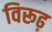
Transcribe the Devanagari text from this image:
विरूढ़